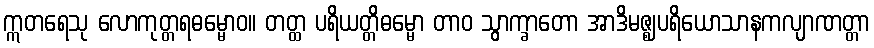
ဣတရေသု လောကုတ္တရဓမ္မောဝ။ တတ္ထ ပရိယတ္တိဓမ္မော တာဝ သွာက္ခာတော အာဒိမဇ္ဈပရိယောသာနကလျာဏတ္တာ